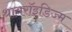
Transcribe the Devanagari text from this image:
थायरॉइडिज्म